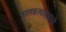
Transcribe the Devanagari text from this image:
बालकलाकारांची